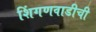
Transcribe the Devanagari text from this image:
शिंगणवाडीची